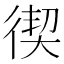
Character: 𭛸